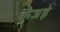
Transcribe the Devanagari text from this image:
कुँजड़े